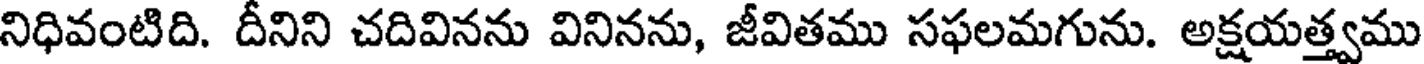
నిధివంటిది. దీనిని చదివినను వినినను, జీవితము సఫలమగును. అక్షయత్త్వము